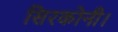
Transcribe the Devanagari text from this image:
सिरकोनी।